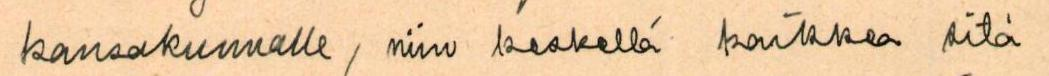
kansakunnalle, niin keskellä kaikkea sitä